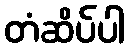
တံဆိပ်ပါ